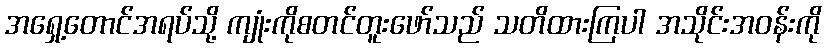
အရှေ့တောင်အရပ်သို့ ကျုံးကိုစတင်တူးဖော်သည် သတိထားကြပါ အသိုင်းအဝန်းကို